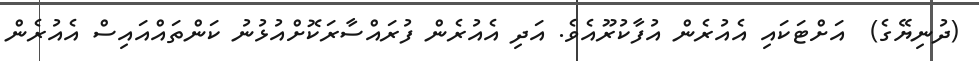
(ދުނިޔޭގެ)  އަށްޓަކައި އެއުރެން އުފާކުރޫއެވެ. އަދި އެއުރެން ފުރައްސާރަކޮށްއުޅުނު ކަންތައްއައިސް އެއުރެން